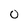
Character: 0